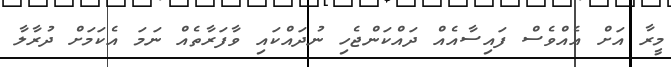
މީރާ އަށް އެއްވެސް ފައިސާއެއް ދައްކަންޖެހި ނުދައްކައި ވާފަރާތެއް ނަމަ އެކަމަށް ދުރާލާ